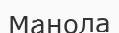
Манола